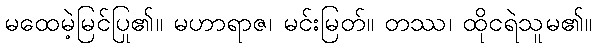
မထေမဲ့မြင်ပြု၏။ မဟာရာဇ၊ မင်းမြတ်။ တဿ၊ ထိုငရဲသူမ၏။